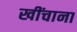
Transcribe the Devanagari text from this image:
खींचाना